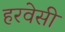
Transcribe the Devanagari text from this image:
हरवेसी